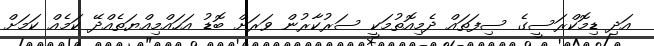
އަދި ޑިމޮކްރަސީގެ ސިފަތައް ދެމިއޮތުުމަކީ ސަރުކާރުން ވަރަށް ބޮޑު އަހައްމިއްޔަތެއްދޭ ކަމެއް ކަމަށް